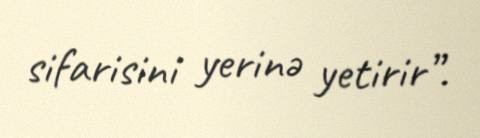
sifarisini yerinə yetirir”.